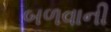
બળવાની